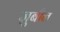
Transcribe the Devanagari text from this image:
ज़ुबीन